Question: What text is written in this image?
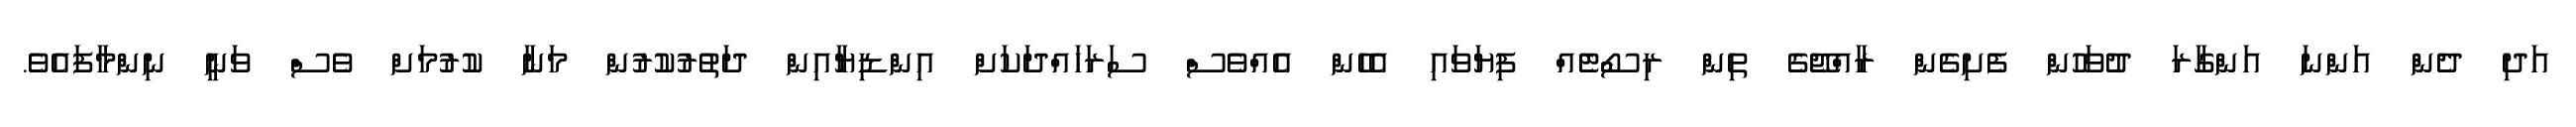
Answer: އަދި ދެން އަންނަ އަންގާރަ ދުވަހުން ފެށިގެން ރާއްޖޭގެ ތިން ރިސޯޓެއް ފިޔަވައި އެހެން އެއްވެސް ސަރަހައްދަކަށް އިންޑިޔާއިން ދަތުރުކުރުން މަނާ ކުރުމަށް ވެސް ވަނީ ނިންމާފައެވެ.